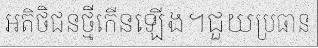
អតិថិជនថ្មីកើនឡើង។ជួយប្រធាន